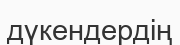
дүкендердің